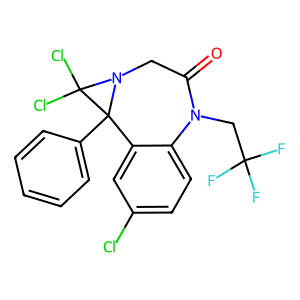
SMILES: O=C1CN2C(Cl)(Cl)C2(c2ccccc2)c2cc(Cl)ccc2N1CC(F)(F)F
Inhibits HIV replication: No